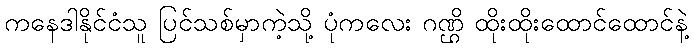
ကနေဒါနိုင်ငံသူ ပြင်သစ်မှာကဲ့သို့ ပုံကလေး ဂဏ္ဌိ ထိုးထိုးထောင်ထောင်နဲ့